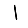
Digit: 1